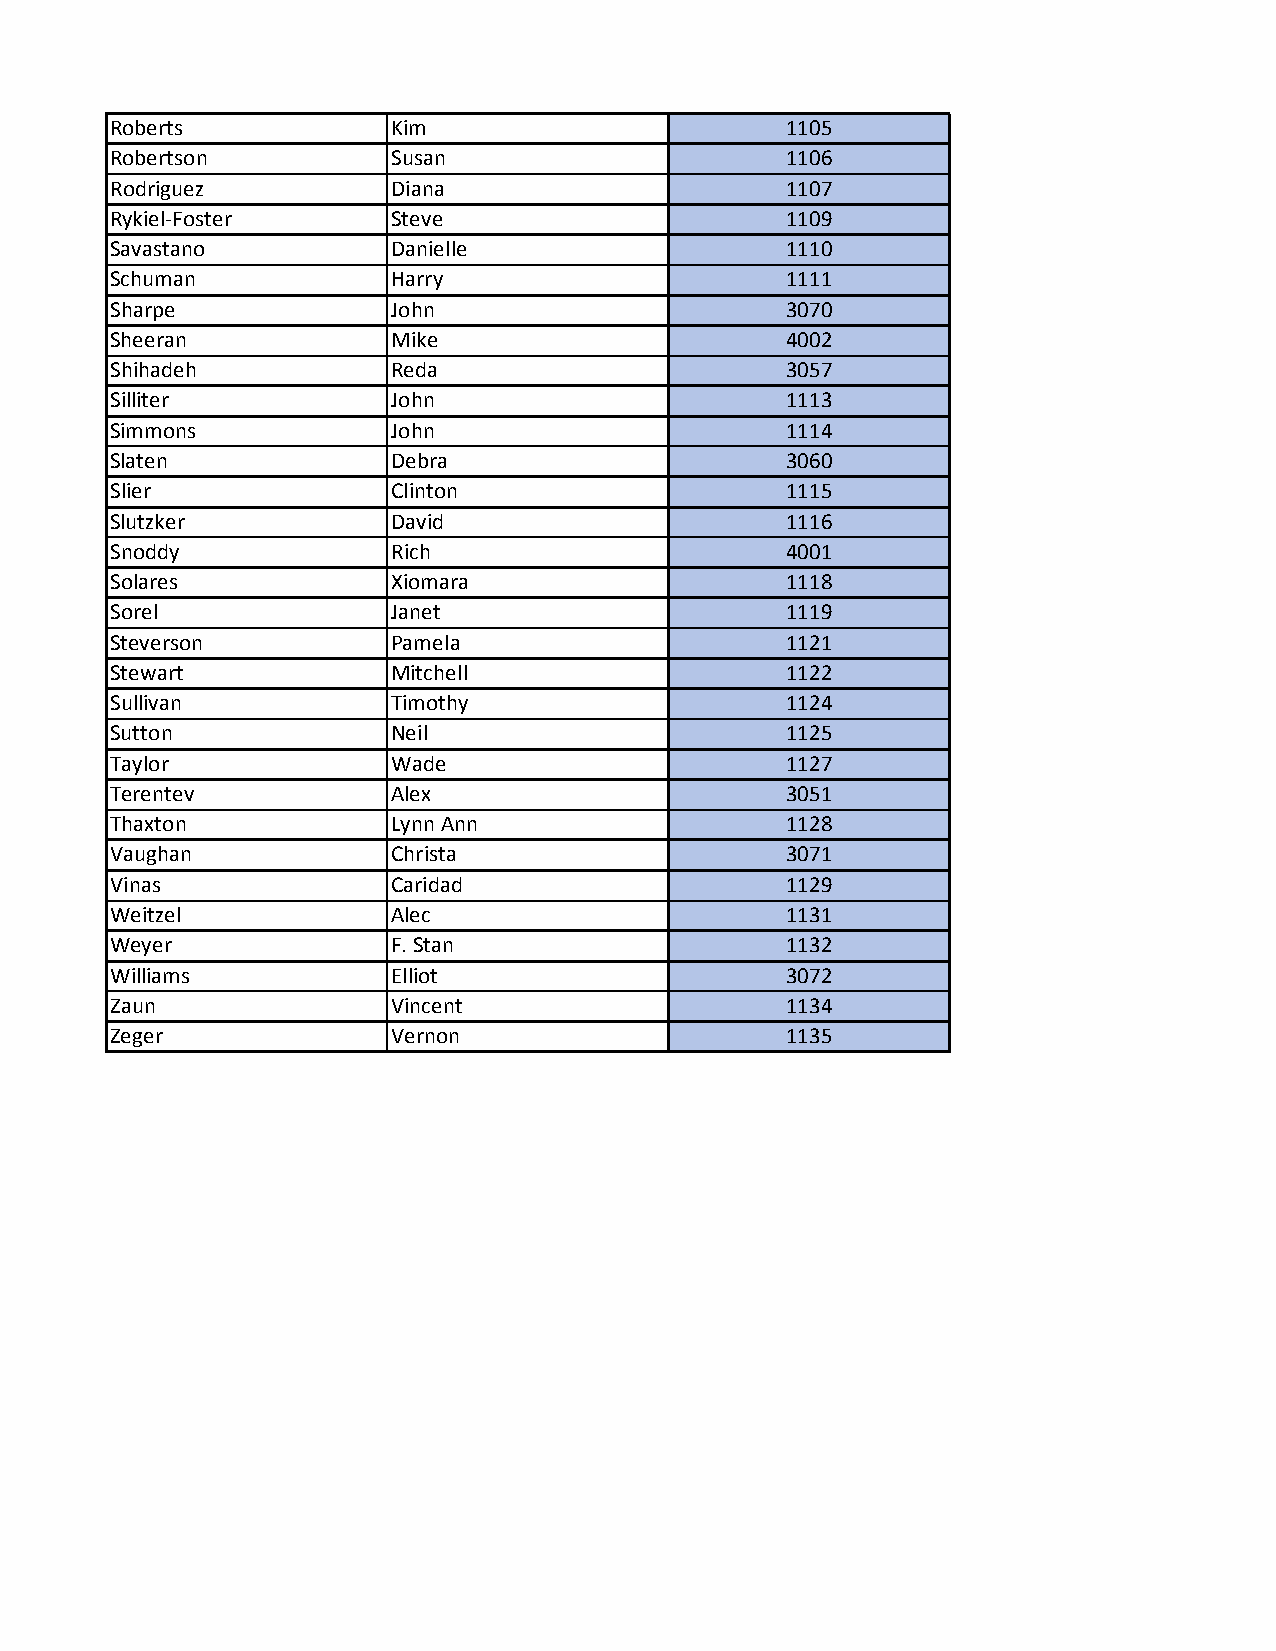
Roberts           Kim                        1105
 Robertson         Susan                      1106
 Rodriguez         Diana                      1107
 Rykiel-Foster     Steve                      1109
 Savastano         Danielle                   1110
 Schuman           Harry                      1111
 Sharpe            John                       3070
 Sheeran           Mike                       4002
 Shihadeh          Reda                       3057
 Silliter          John                       1113
 Simmons           John                       1114
 Slaten            Debra                      3060
 Slier             Clinton                    1115
 Slutzker          David                      1116
 Snoddy            Rich                       4001
 Solares           Xiomara                    1118
 Sorel             Janet                      1119
 Steverson         Pamela                     1121
 Stewart           Mitchell                   1122
 Sullivan          Timothy                    1124
 Sutton            Neil                       1125
 Taylor            Wade                       1127
 Terentev          Alex                       3051
 Thaxton           Lynn Ann                   1128
 Vaughan           Christa                    3071
 Vinas             Caridad                    1129
 Weitzel           Alec                       1131
 Weyer             F. Stan                    1132
 Williams          Elliot                     3072
 Zaun              Vincent                    1134
 Zeger             Vernon                     1135